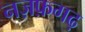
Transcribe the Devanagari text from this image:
नज़फ़गढ़